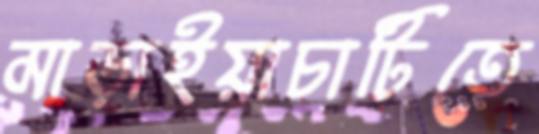
মাড়াইয়াচাটিতে